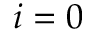
i = 0